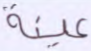
عينة